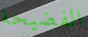
الفضيحة